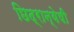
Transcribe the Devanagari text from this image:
छिद्रान्वेषी